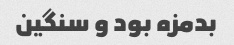
بدمزه بود و سنگین